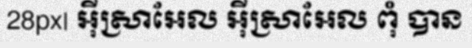
28px| អ៊ីស្រាអែល អ៊ីស្រាអែល ពុំ បាន